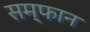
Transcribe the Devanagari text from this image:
सम्फान